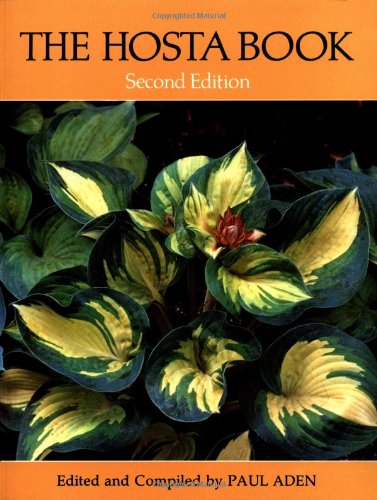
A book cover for The Hosta Book; Crafts, Hobbies & Home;